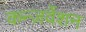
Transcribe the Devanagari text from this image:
कन्ज़र्वेशन